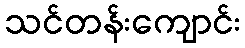
သင်တန်းကျောင်း